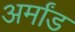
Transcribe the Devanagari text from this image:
अर्मांड